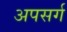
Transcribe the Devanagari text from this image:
अपसर्ग